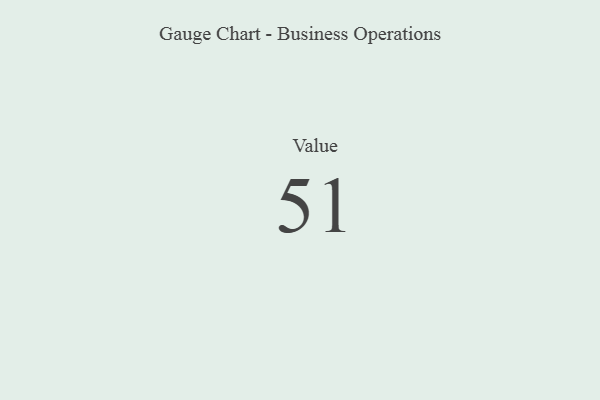
{"axis": {"x": "Metric", "y": "Value"}, "legend": [""], "data": [{"x": "Value", "y": 51, "type": ""}]}